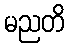
မညတိ